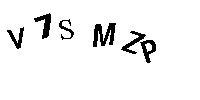
V7SMZP